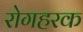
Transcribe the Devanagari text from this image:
रोगहरक